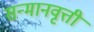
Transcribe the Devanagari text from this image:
सन्मानवृत्ती